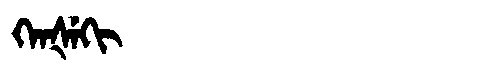
Manchu: ᡴᡝᠨᡧᡝᡴᡳ
Romanization: KENŠEKI